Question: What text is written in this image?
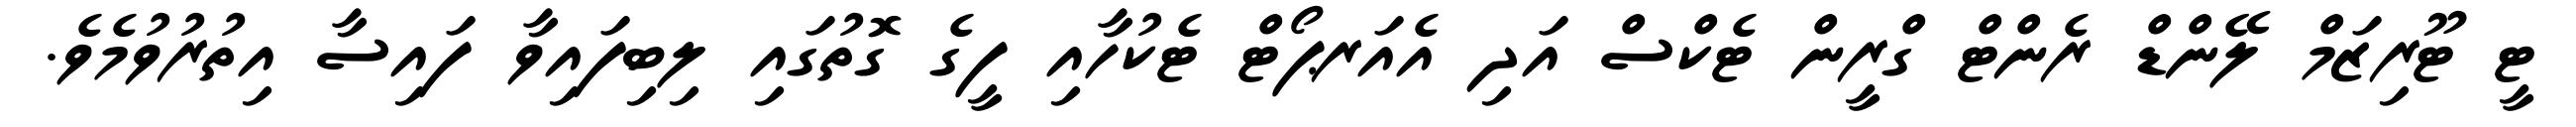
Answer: ޓީ ޓޫރިޒަމް ލޭންޑް ރެންޓް ގްރީން ޓެކްސް އަދި އެއަރޕޯޓް ޓެކުހާއި ފީގެ ގޮތުގައި ލިބިފައިވާ ފައިސާ އިތުރުވުމެވެ.